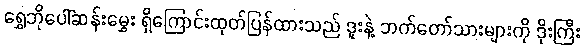
ရွှေဘိုပေါ်ဆန်းမွှေး ရှိကြောင်းထုတ်ပြန်ထားသည် ဒူးနဲ့ ဘက်တော်သားများကို ဒိုးကြီး